Report of the Indian Hemp Drugs Commission, 1894-1895 - Volume I
Year: 1894
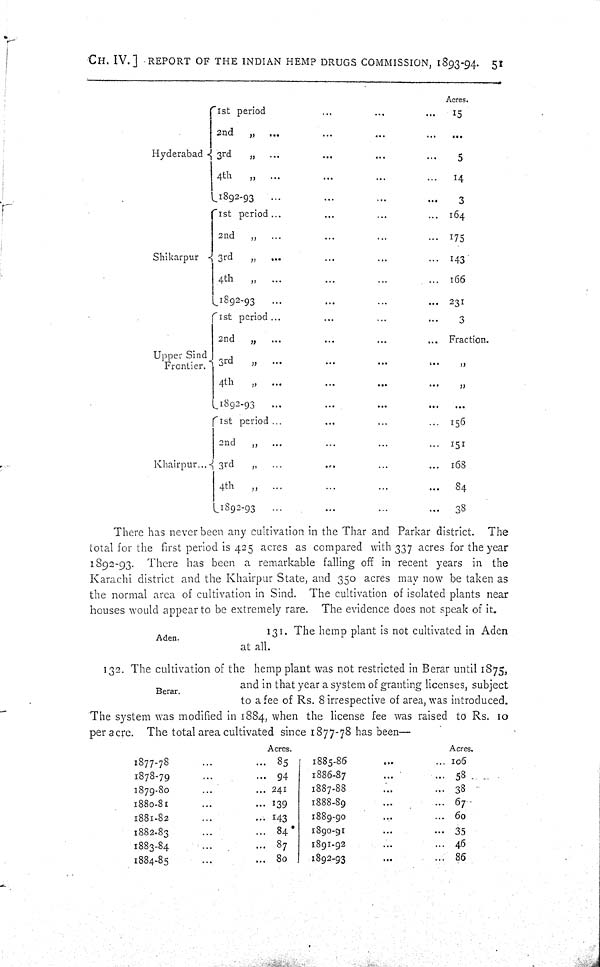
CH. IV.] REPORT OF THE INDIAN HEMP DRUGS COMMISSION, 1893-94. 51
Acres.
1st period
15
2nd
"
Hyderabad
3rd
"
5
4th
"
14
1892-93
3
1st period
164
2nd
" 175
Shikarpur
3rd
" 143
4th
" 166
1892-93
231
1st
period
3
2nd
" Fraction.
Upper Sind
Frontier. 3rd
"
"
4th
"
"
1892-93
1st period
156
2nd
" 151
Khairpur
3rd
" 168
4th
" 84
1892-93
38
There has never been any cultivation in the Thar and Parkar district. The
total for the first period is 425 acres as compared with 337 acres for the year
1892-93. There has been a remarkable falling off in recent years in the
Karachi district and the Khairpur State, and 350 acres may now be taken as
the normal area of cultivation in Sind. The cultivation of isolated plants near
houses would appear to be extremely rare. The evidence does not speak of it.
Aden.
131. The hemp plant is not cultivated in Aden
at all.
Berar.
132. The cultivation of the hemp plant was not restricted in Berar until 1875,
and in that year a system of granting licenses, subject
to a fee of Rs. 8 irrespective of area, was introduced.
The system was modified in 1884, when the license fee was raised to Rs. 10
per acre. The total area cultivated since 1877-78 has been—
Acres.
Acres.
1877-78
85
1885-86
106
1878-79
94
1886-87
58
1879-80
241
1887-88
38
1880-81
139
1888-89
67
1881-82
143
1889-90
60
1882-83
84
1890-91
35
1883-84
87
1891-92
46
1884-85
80
1892-93
86